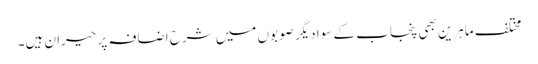
مختلف ماہرین بھی پنجاب کے سوا دیگر صوبوں میں شرح اضافہ پر حیران ہیں۔